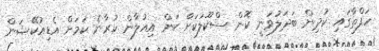
ހަފްތާގައި ކުދިން ބަދަލުވަނީ ކޮން ސްކޫލަކަށް ކަން އިއުލާން ކުރާނެ ކަމަށް އެޑިއުކޭޝަން